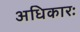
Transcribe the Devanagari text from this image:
अधिकारः